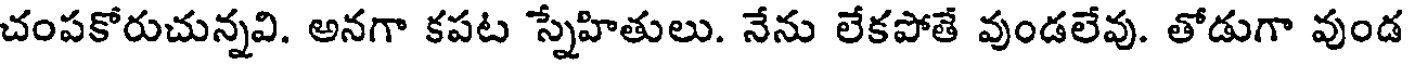
చంపకోరుచున్నవి. అనగా కపట స్నేహితులు. నేను లేకపోతే వుండలేవు. తోడుగా వుండ